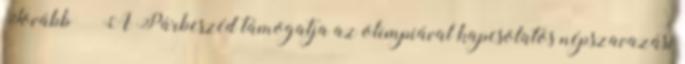
Tovább › ›A Párbeszéd támogatja az olimpiával kapcsolatos népszavazási